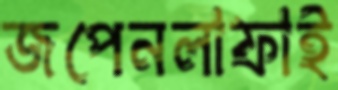
জপেনলাফাই